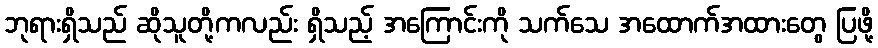
ဘုရားရှိသည် ဆိုသူတို့ကလည်း ရှိသည့် အကြောင်းကို သက်သေ အထောက်အထားတွေ ပြဖို့